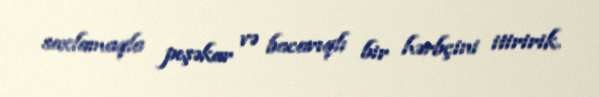
saxlamaqla peşəkar və bacarıqlı bir hərbçini itiririk.